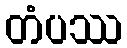
တံပဿ